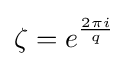
\zeta =e^{\frac {2\pi i}{q}}